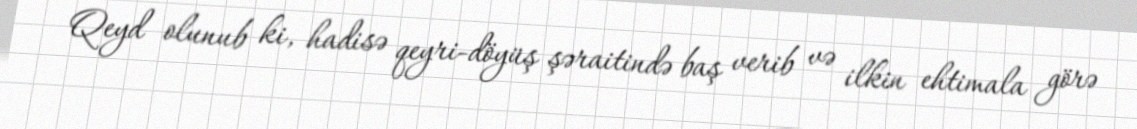
Qeyd olunub ki, hadisə qeyri-döyüş şəraitində baş verib və ilkin ehtimala görə